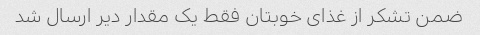
ضمن تشکر از غذای خوبتان فقط یک مقدار دیر ارسال شد